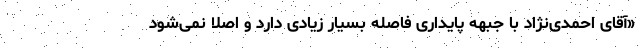
«آقای احمدی‌نژاد با جبهه پایداری فاصله بسیار زیادی دارد و اصلا نمی‌شود